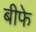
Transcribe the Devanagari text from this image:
बीफे